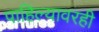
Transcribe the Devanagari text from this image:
पाहिल्यावरही